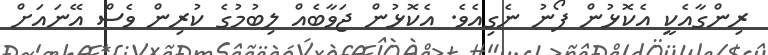
ރިންގާއެކީ އެކޮޅުން ފޯނު ނެގިއެވެ. އެކޮޅުން ޖަވާބެއް ލިބުމުގެ ކުރިން ވެސް އޭނައަށް